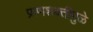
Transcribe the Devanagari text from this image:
प्राणशक्तीमुळे